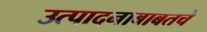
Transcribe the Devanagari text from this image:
उत्पादनाबाबतचे